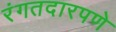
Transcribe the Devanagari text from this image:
रंगतदारपणे